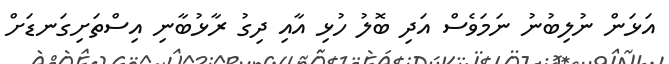
އަޅަން ނުލިބުނު ނަމަވެސް އަދި ބޮލު ހުޅި އާއި ދިގު ރާޅުބާނި އިސްތަށިގަނޑަށް